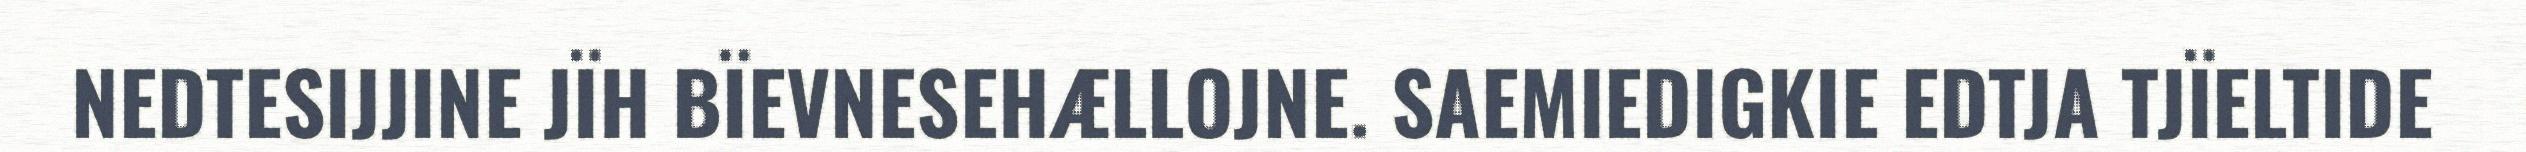
NEDTESIJJINE JÏH BÏEVNESEHÆLLOJNE. SAEMIEDIGKIE EDTJA TJÏELTIDE